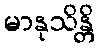
မာနုသိန္တိ